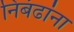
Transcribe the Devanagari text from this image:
निबंढांना